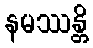
နမဿန္တိ